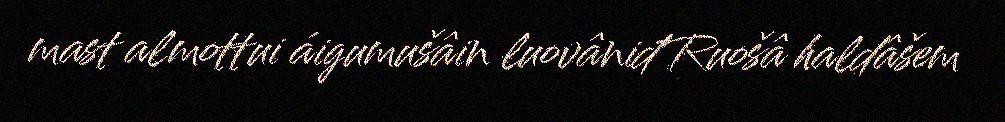
mast almottui áigumušâin luovâniđ Ruošâ haldâšem